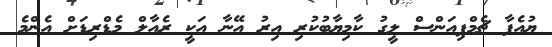
ޔުއެފާ ޗެމްޕިއަންސް ލީގު ކާމިޔާބުކުރި އިރު އޭނާ އަކީ ރެއާލް މެޑްރިޑަށް އެންމެ